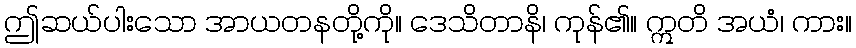
ဤဆယ်ပါးသော အာယတနတို့ကို။ ဒေသိတာနိ၊ ကုန်၏။ ဣတိ အယံ၊ ကား။